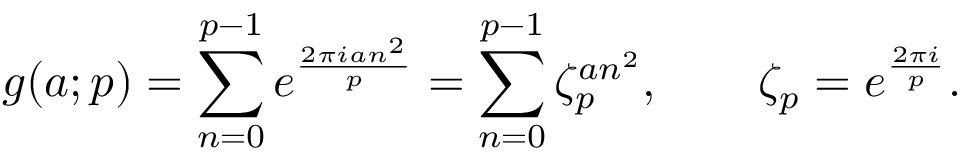
g ( a ; p ) = \sum _ { n = 0 } ^ { p - 1 } e ^ { \frac { 2 \pi i a n ^ { 2 } } { p } } = \sum _ { n = 0 } ^ { p - 1 } \zeta _ { p } ^ { a n ^ { 2 } } , \qquad \zeta _ { p } = e ^ { \frac { 2 \pi i } { p } } .